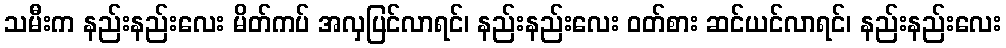
သမီးက နည်းနည်းလေး မိတ်ကပ် အလှပြင်လာရင်၊ နည်းနည်းလေး ဝတ်စား ဆင်ယင်လာရင်၊ နည်းနည်းလေး